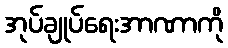
အုပ်ချုပ်ရေးအာဏာကို